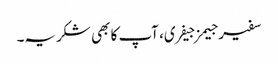
سفیر جیمز جیفری، آپ کا بھی شکریہ۔